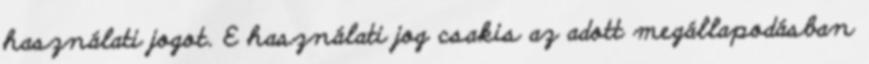
használati jogot. E használati jog csakis az adott megállapodásban